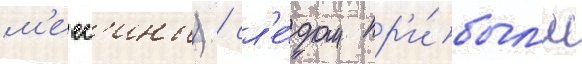
м'есс'ины) / сл'е́дом пр'и́был'и